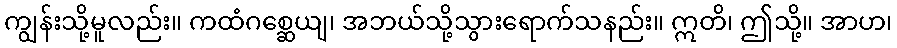
ကျွန်းသို့မူလည်း။ ကထံဂစ္ဆေယျ၊ အဘယ်သို့သွားရောက်သနည်း။ ဣတိ၊ ဤသို့။ အာဟ၊